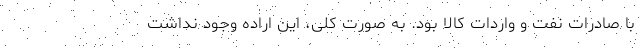
با صادرات نفت و واردات کالا بود. به صورت کلی، این اراده وجود نداشت